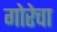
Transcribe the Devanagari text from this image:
गोरेचा